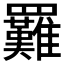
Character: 𦍀